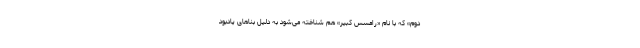
دوم» که با نام «رامسس کبیر» هم شناخته می‌شود به دلیل بنا‌های یادبود